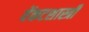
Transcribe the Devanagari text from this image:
वेंकटशास्त्री